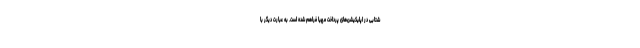
شتابی در اپلیکیشن‌های پرداخت مهیا فراهم شده است. به عبارت دیگر با